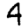
Digit: 4